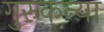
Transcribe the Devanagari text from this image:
गुरुकन्या